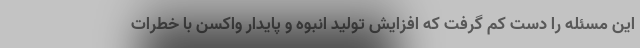
این مسئله را دست کم گرفت که افزایش تولید انبوه و پایدار واکسن با خطرات